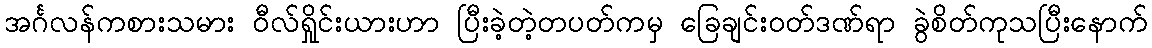
အင်္ဂလန်ကစားသမား ဝီလ်ရှိုင်းယားဟာ ပြီးခဲ့တဲ့တပတ်ကမှ ခြေချင်းဝတ်ဒဏ်ရာ ခွဲစိတ်ကုသပြီးနောက်